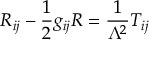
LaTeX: R _ { i j } - { \frac { 1 } { 2 } } g _ { i j } R = { \frac { 1 } { \Lambda ^ { 2 } } } T _ { i j }